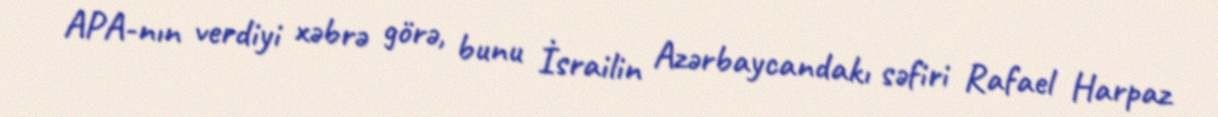
APA-nın verdiyi xəbrə görə, bunu İsrailin Azərbaycandakı səfiri Rafael Harpaz